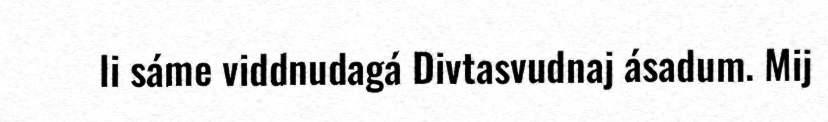
li sáme viddnudagá Divtasvudnaj ásadum. Mij